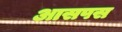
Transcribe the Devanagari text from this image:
आसपस